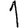
Digit: 1